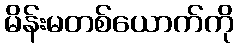
မိန်းမတစ်ယောက်ကို